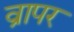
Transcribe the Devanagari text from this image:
व्रापर